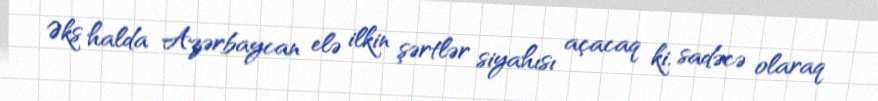
Əks halda Azərbaycan elə ilkin şərtlər siyahısı açacaq ki, sadəcə olaraq